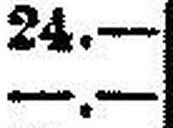
—.—